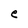
Character: e